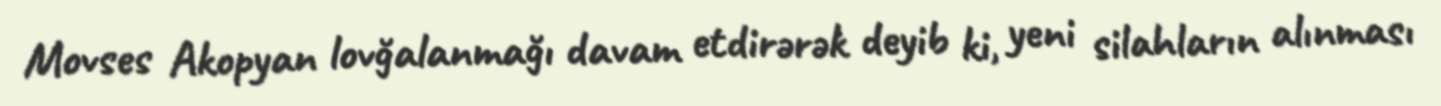
Movses Akopyan lovğalanmağı davam etdirərək deyib ki, yeni silahların alınması